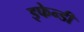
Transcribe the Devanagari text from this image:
इफेन्डी